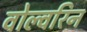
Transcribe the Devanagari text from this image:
वोल्वरिन